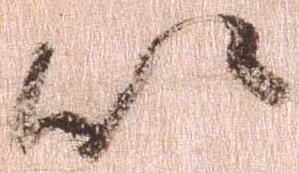
以